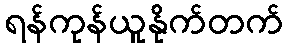
ရန်ကုန်ယူနိုက်တက်